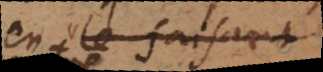
en le faisant